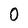
Character: O